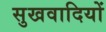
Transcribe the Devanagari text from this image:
सुखवादियों